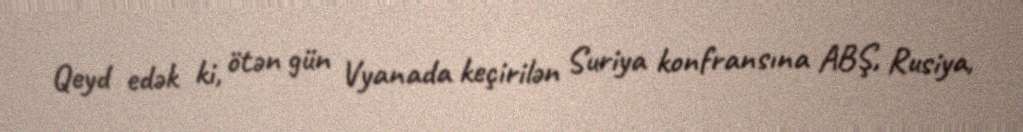
Qeyd edək ki, ötən gün Vyanada keçirilən Suriya konfransına ABŞ, Rusiya,